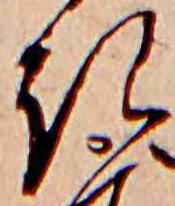
き